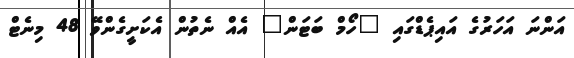
އަންނަ އަހަރުގެ އައިޕެޑްގައި "ހޯމް ބަޓަން" އެއް ނެތުން އެކަށީގެންވޭ 48 މިނެޓް